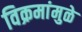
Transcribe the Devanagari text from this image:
विक्रमांमुळे